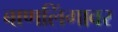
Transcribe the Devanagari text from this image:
बाणलिंगावर